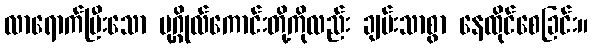
လာရောက်ပြီးသော ပုဂ္ဂိုလ်ကောင်းတို့ကိုလည်း ချမ်းသာစွာ နေထိုင်စေခြင်း။